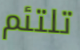
تلتئم